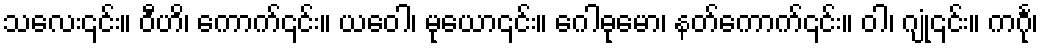
သလေး၎င်း။ ဝီဟိ၊ ကောက်၎င်း။ ယဝေါ၊ မုယော၎င်း။ ဂေါဓုမော၊ နတ်ကောက်၎င်း။ ဝါ၊ ဂျုံ၎င်း။ ကင်္ဂု၊